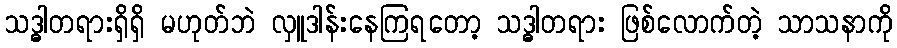
သဒ္ဓါတရားရှိရှိ မဟုတ်ဘဲ လှူဒါန်းနေကြရတော့ သဒ္ဓါတရား ဖြစ်လောက်တဲ့ သာသနာကို